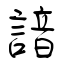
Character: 諳